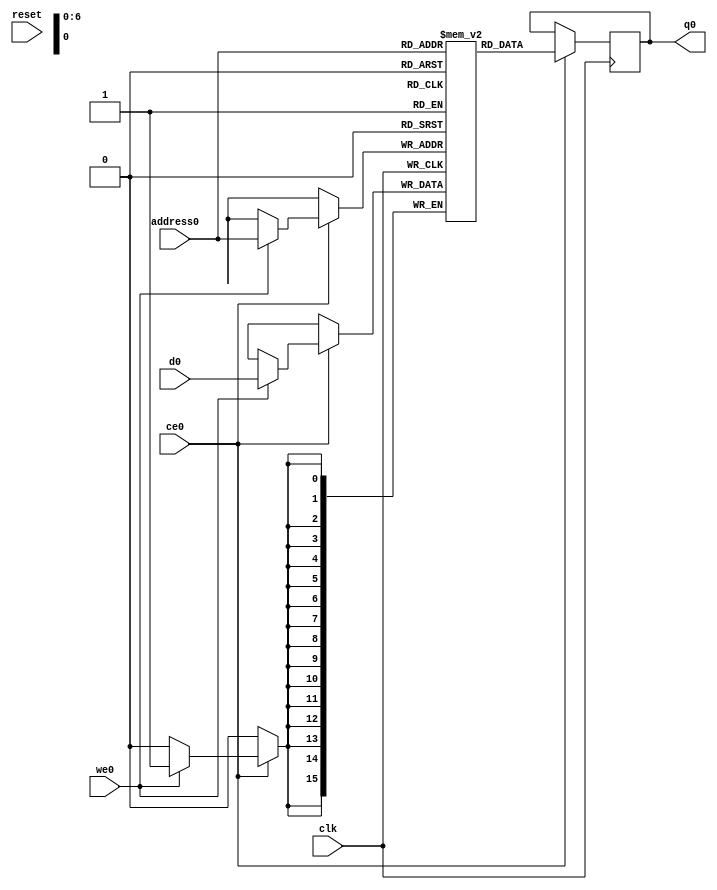
// ==============================================================
// Vitis HLS - High-Level Synthesis from C, C++ and OpenCL v2021.2 (64-bit)
// Copyright 1986-2021 Xilinx, Inc. All Rights Reserved.
// ==============================================================
`timescale 1 ns / 1 ps
module runLayer_tmp_weights_RAM_AUTO_1R1W (address0, ce0, d0, we0, q0,  reset,clk);

parameter DataWidth = 16;
parameter AddressWidth = 7;
parameter AddressRange = 128;

input[AddressWidth-1:0] address0;
input ce0;
input[DataWidth-1:0] d0;
input we0;
output reg[DataWidth-1:0] q0;
input reset;
input clk;

reg [DataWidth-1:0] ram[0:AddressRange-1];




always @(posedge clk)  
begin 
    if (ce0) begin
        if (we0) 
            ram[address0] <= d0; 
        q0 <= ram[address0];
    end
end


endmodule